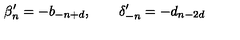
\beta _ { n } ^ { \prime } = - b _ { - n + d } , \qquad \delta _ { - n } ^ { \prime } = - d _ { n - 2 d }